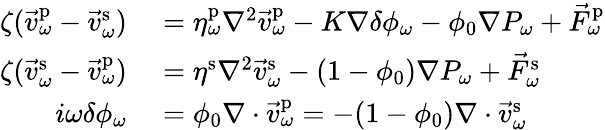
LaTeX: \begin{array}{rl}{\zeta(\vec{v}_{\omega}^{\mathrm{p}}-\vec{v}_{\omega}^{\mathrm{s}})}&{{}=\eta_{\omega}^{\mathrm{p}}\nabla^{2}\vec{v}_{\omega}^{\mathrm{p}}-K\nabla\delta\phi_{\omega}-\phi_{0}\nabla P_{\omega}+\vec{F}_{\omega}^{\mathrm{p}}}\\ {\zeta(\vec{v}_{\omega}^{\mathrm{s}}-\vec{v}_{\omega}^{\mathrm{p}})}&{{}=\eta^{\mathrm{s}}\nabla^{2}\vec{v}_{\omega}^{\mathrm{s}}-(1-\phi_{0})\nabla P_{\omega}+\vec{F}_{\omega}^{\mathrm{s}}}\\ {i\omega\delta\phi_{\omega}}&{{}=\phi_{0}\nabla\cdot\vec{v}_{\omega}^{\mathrm{p}}=-(1-\phi_{0})\nabla\cdot\vec{v}_{\omega}^{\mathrm{s}}}\end{array}